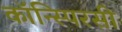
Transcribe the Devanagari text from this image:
कॉन्स्पिरसी